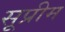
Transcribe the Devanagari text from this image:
सूप्रीम